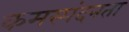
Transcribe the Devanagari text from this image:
कमस्पंदनता